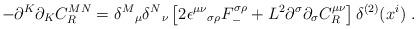
LaTeX: \begin{align*}-\partial^K\partial_K C_R^{MN}={\delta^M}_\mu{\delta^N}_\nu \left[2\epsilon^{\mu\nu}{}_{\sigma\rho}F_-^{\sigma\rho}+ L^2 \partial^\sigma\partial_\sigma C^{\mu\nu}_R\right]\delta^{(2)}(x^i)~.\end{align*}